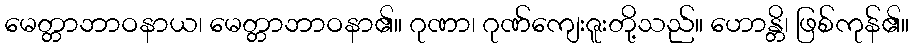
မေတ္တာဘာဝနာယ၊ မေတ္တာဘာဝနာ၏။ ဂုဏာ၊ ဂုဏ်ကျေးဇူးတို့သည်။ ဟောန္တိ၊ ဖြစ်ကုန်၏။